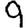
Digit: 9